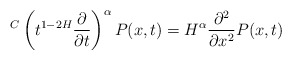
\begin{align*}{}^C\left(t^{1-2H}\frac{\partial}{\partial t}\right)^{\alpha} P(x,t)= H^{\alpha}\frac{\partial^2}{\partial x^2}P(x,t)\end{align*}